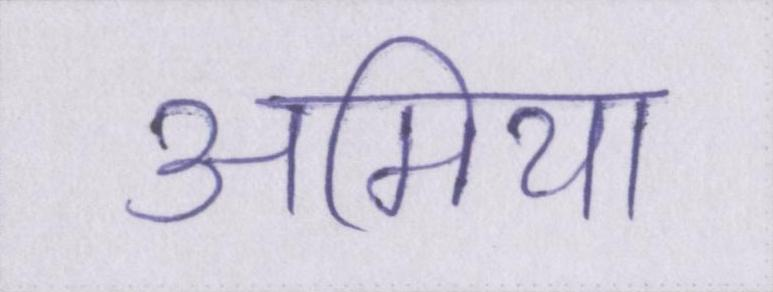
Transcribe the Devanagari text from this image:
अमिया